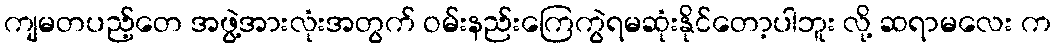
ကျမတပည့်တေ အဖွဲ့အားလုံးအတွက် ဝမ်းနည်းကြေကွဲရမဆုံးနိုင်တော့ပါဘူး လို့ ဆရာမလေး က